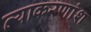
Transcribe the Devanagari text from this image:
व्याकरणांश